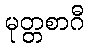
မုတ္တစာဂီ